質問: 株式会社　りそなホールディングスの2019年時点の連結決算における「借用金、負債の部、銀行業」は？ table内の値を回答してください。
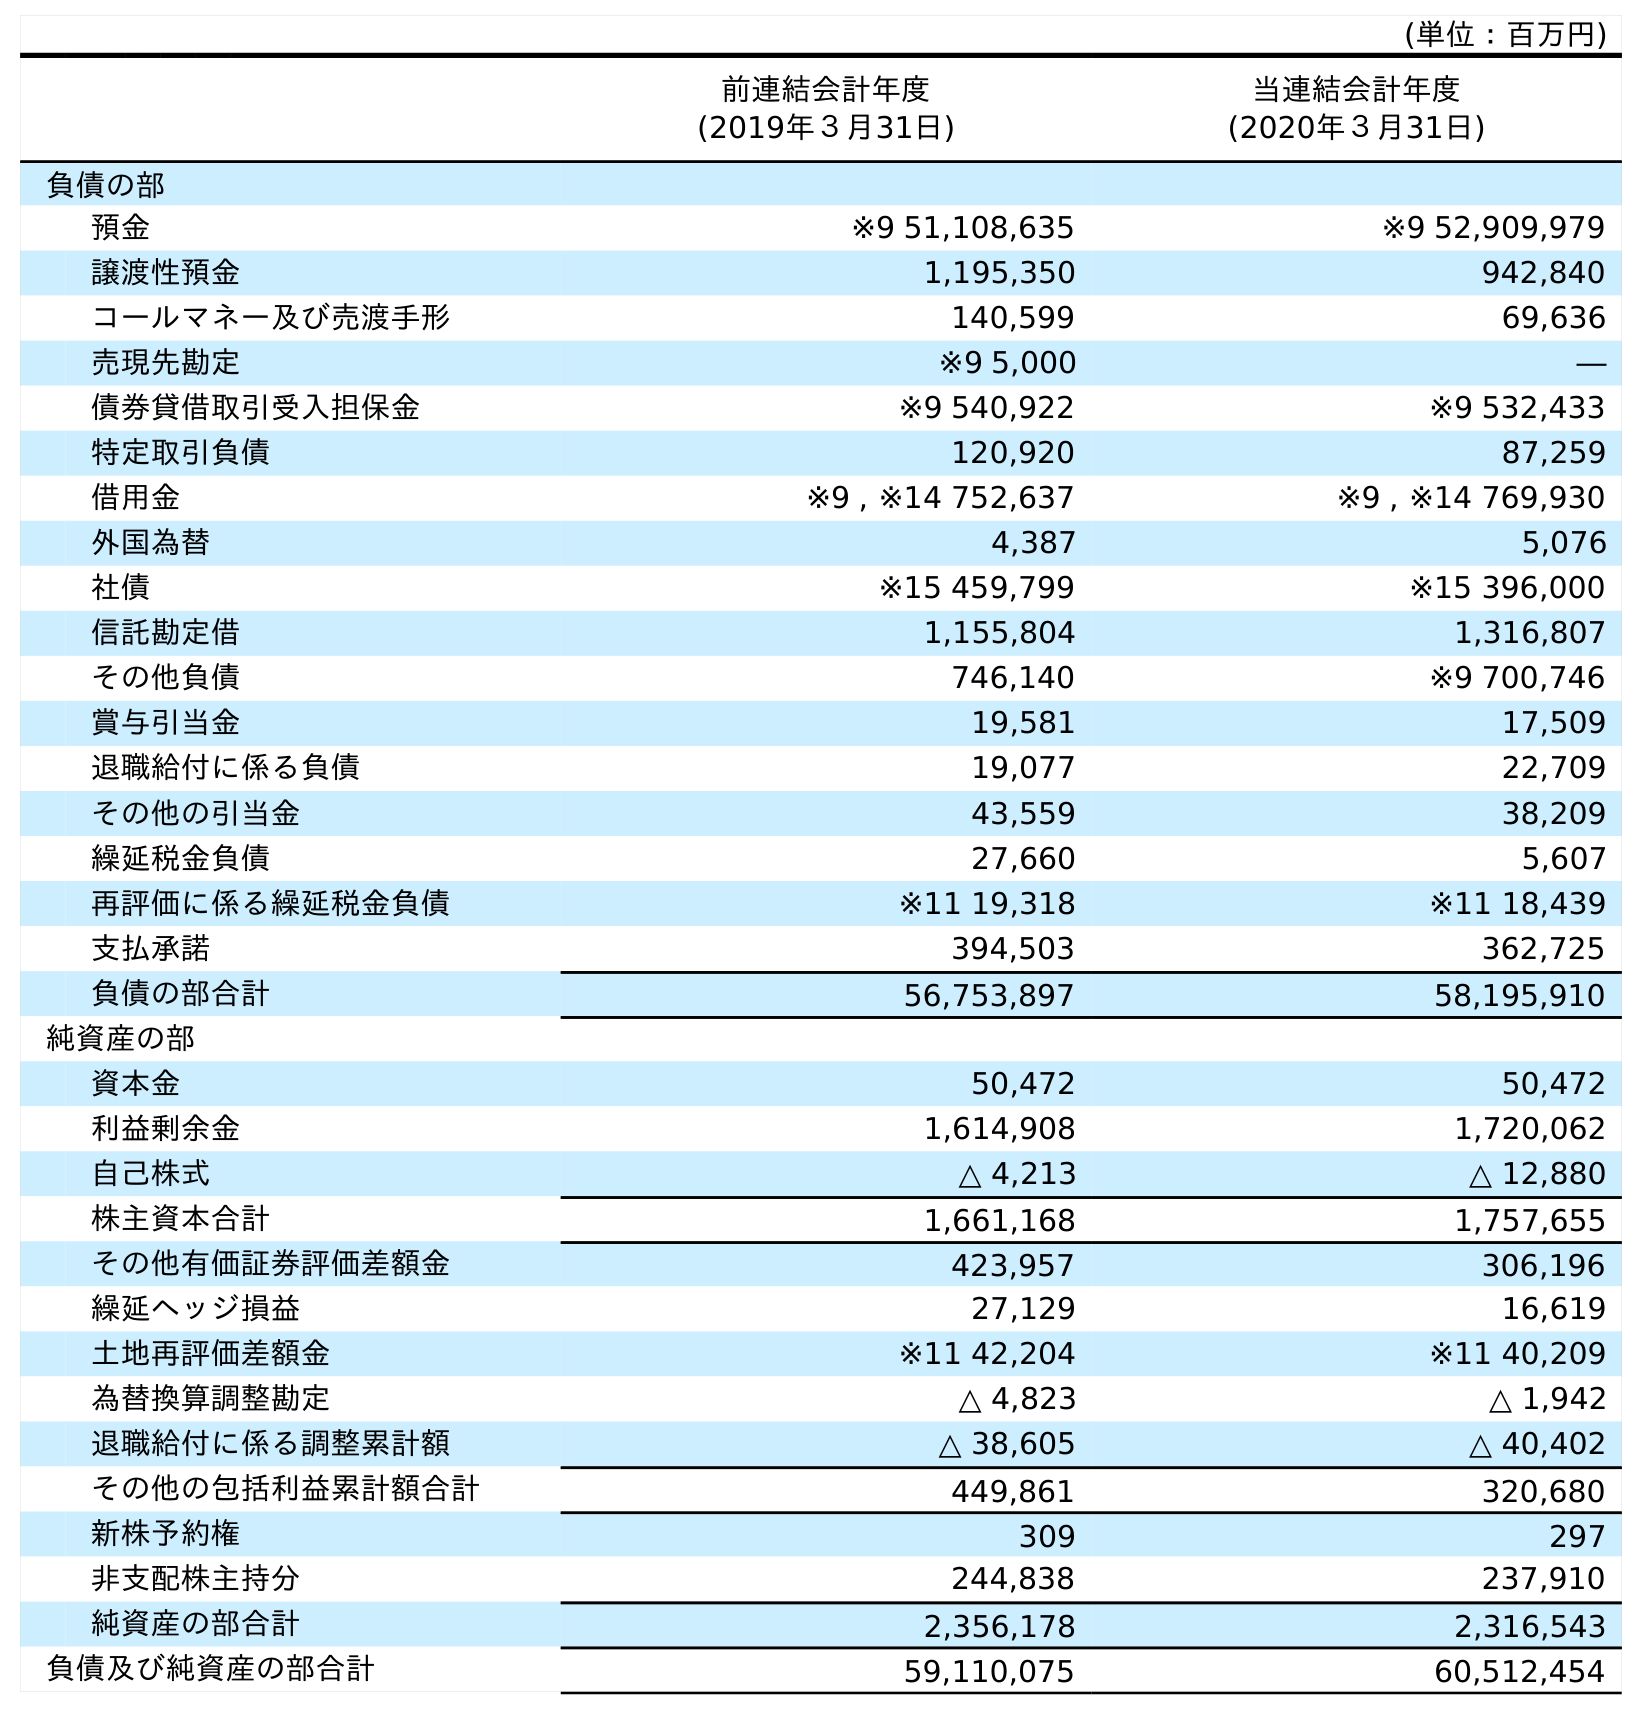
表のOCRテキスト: (単位：百万円) 前連結会計年度 (2019年３月31日) 当連結会計年度 (2020年３月31日) 負債の部 預金 ※9 51,108,635 ※9 52,909,979 譲渡性預金 1,195,350 942,840 コールマネー及び売渡手形 140,599 69,636 売現先勘定 ※9 5,000 ― 債券貸借取引受入担保金 ※9 540,922 ※9 532,433 特定取引負債 120,920 87,259 借用金 ※9 , ※14 752,637 ※9 , ※14 769,930 外国為替 4,387 5,076 社債 ※15 459,799 ※15 396,000 信託勘定借 1,155,804 1,316,807 その他負債 746,140 ※9 700,746 賞与引当金 19,581 17,509 退職給付に係る負債 19,077 22,709 その他の引当金 43,559 38,209 繰延税金負債 27,660 5,607 再評価に係る繰延税金負債 ※11 19,318 ※11 18,439 支払承諾 394,503 362,725 負債の部合計 56,753,897 58,195,910 純資産の部 資本金 50,472 50,472 利益剰余金 1,614,908 1,720,062 自己株式 △ 4,213 △ 12,880 株主資本合計 1,661,168 1,757,655 その他有価証券評価差額金 423,957 306,196 繰延ヘッジ損益 27,129 16,619 土地再評価差額金 ※11 42,204 ※11 40,209 為替換算調整勘定 △ 4,823 △ 1,942 退職給付に係る調整累計額 △ 38,605 △ 40,402 その他の包括利益累計額合計 449,861 320,680 新株予約権 309 297 非支配株主持分 244,838 237,910 純資産の部合計 2,356,178 2,316,543 負債及び純資産の部合計 59,110,075 60,512,454
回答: ※9,※14752,637